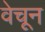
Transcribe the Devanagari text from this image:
वेचून